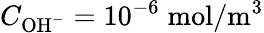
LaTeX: C_{\mathrm{OH}^{-}}=10^{-6}\; \mathrm{mol}/\mathrm{m}^{3}